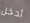
أدخل